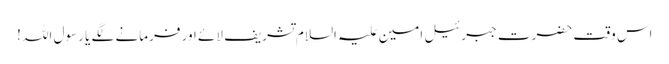
اس وقت حضرت جبرئیل امین علیہ السلام تشریف لائے اور فرمانے لگے یا رسول اللہ !